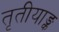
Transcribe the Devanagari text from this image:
तृतीयाङ्क